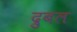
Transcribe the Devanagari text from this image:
द्रुबल